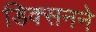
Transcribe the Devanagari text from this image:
डिक्सनने